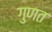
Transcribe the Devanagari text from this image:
गुणत